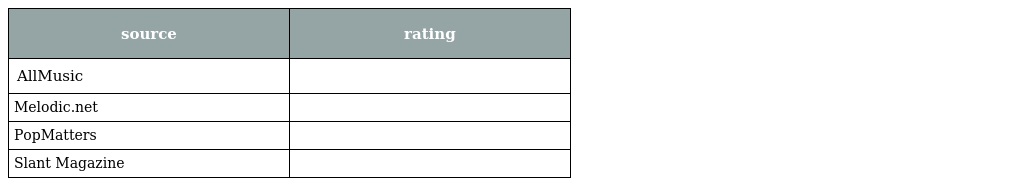
| source | rating |
 | --- | --- |
 | AllMusic |  |
 | Melodic.net |  |
 | PopMatters |  |
 | Slant Magazine |  |